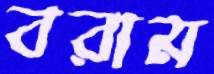
বরাম